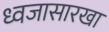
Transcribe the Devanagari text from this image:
ध्वजासारखा